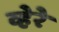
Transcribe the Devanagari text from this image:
व्हेरे